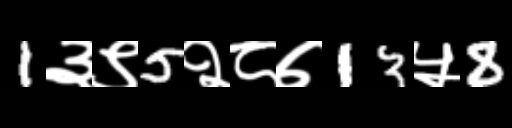
Text: 1३९5२८७13५8